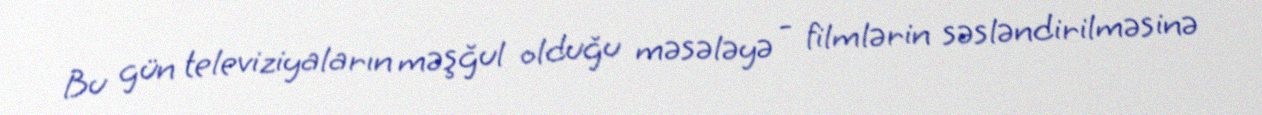
Bu gün televiziyaların məşğul olduğu məsələyə - filmlərin səsləndirilməsinə